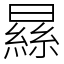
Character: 𣊡